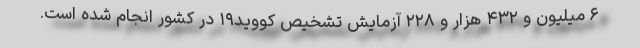
۶ میلیون و ۴۳۲ هزار و ۲۲۸ آزمایش تشخیص کووید۱۹ در کشور انجام شده است.